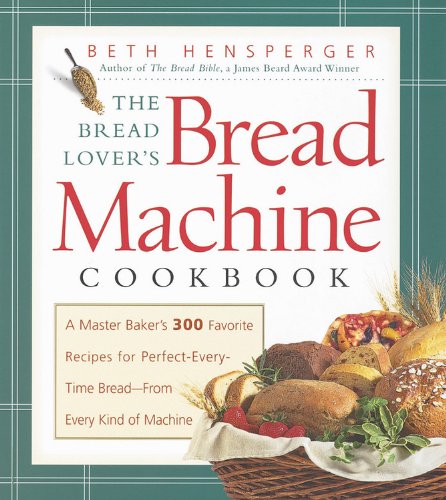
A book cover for The Bread Lover's Bread Machine Cookbook: A Master Baker's 300 Favorite Recipes for Perfect-Every-Time Bread-From Every Kind of Machine; Beth Hensperger; Cookbooks, Food & Wine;